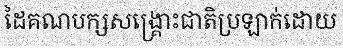
ដៃគណបក្សសង្គ្រោះជាតិប្រឡាក់ដោយ